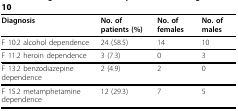
| Diagnosis | No. of patients (%) | No. of females | No. of males |
 | --- | --- | --- | --- |
 | F 10.2 alcohol dependence | 24 (58.5) | 14 | 10 |
 | F 11.2 heroin dependence | 3 (7.3) | 0 | 3 |
 | F 13.2 benzodiazepine dependence | 2 (4.9) | 2 | 0 |
 | F 15.2 metamphetamine dependence | 12 (29.3) | 7 | 5 |